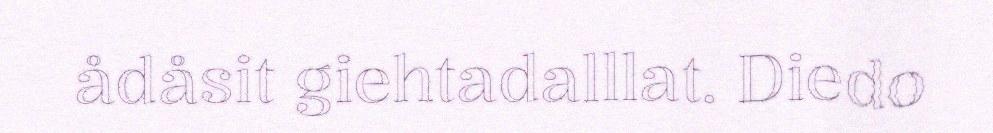
ådåsit giehtadalllat. Diedo